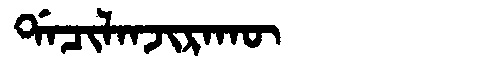
Manchu: ᡩᠠᠴᡳᠯᠠᠨᠵᡳᡵᠠᡴᡡ
Romanization: DACILANJIRAKŪ